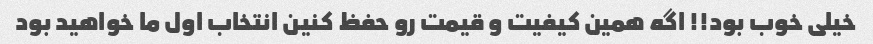
خیلی خوب بود!! اگه همین کیفیت و قیمت رو حفظ کنین انتخاب اول ما خواهید بود